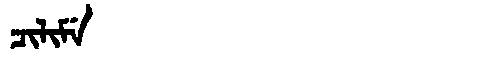
Manchu: ᠴᡳᠯᡳᠮᡝ
Romanization: CILIME